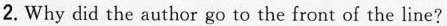
2.Why did the author go to the front of the line?